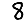
Digit: 8